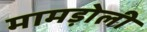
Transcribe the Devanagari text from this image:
मामड़ोली